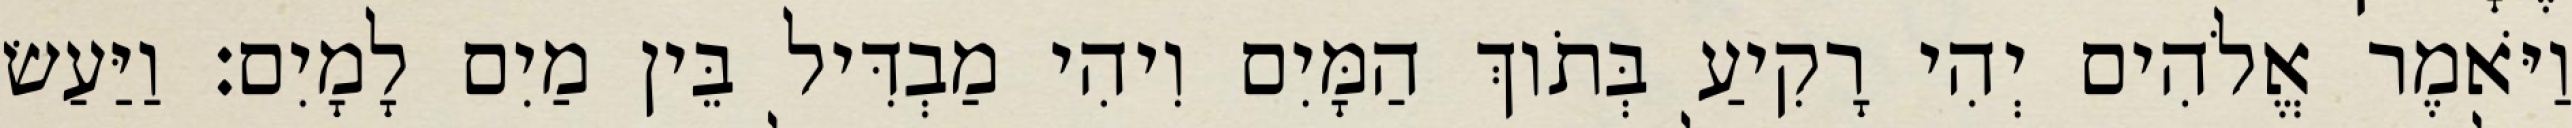
וַיֹּאמֶר אֱלֹהִים יְהִי רָקִיעַ בְּתֹוךְ הַמָּיִם וִיהִי מַבְדִּיל בֵּין מַיִם לָמָיִם׃ וַיַּעַשׂ